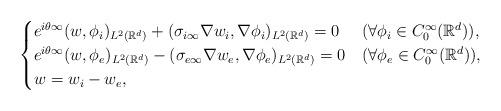
LaTeX: \begin{align*}\begin{cases}e^{i\theta\infty}(w,\phi_i)_{L^2(\mathbb{R}^d)}+(\sigma_{i\infty}\nabla w_i,\nabla\phi_i)_{L^2(\mathbb{R}^d)}=0&(\forall\phi_i\in C_0^\infty(\mathbb{R}^d)), \\e^{i\theta\infty}(w,\phi_e)_{L^2(\mathbb{R}^d)}-(\sigma_{e\infty}\nabla w_e,\nabla\phi_e)_{L^2(\mathbb{R}^d)}=0&(\forall\phi_e\in C_0^\infty(\mathbb{R}^d)), \\w=w_i-w_e, \\\end{cases}\end{align*}